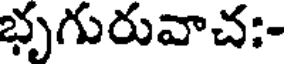
భృగురువాచ:-